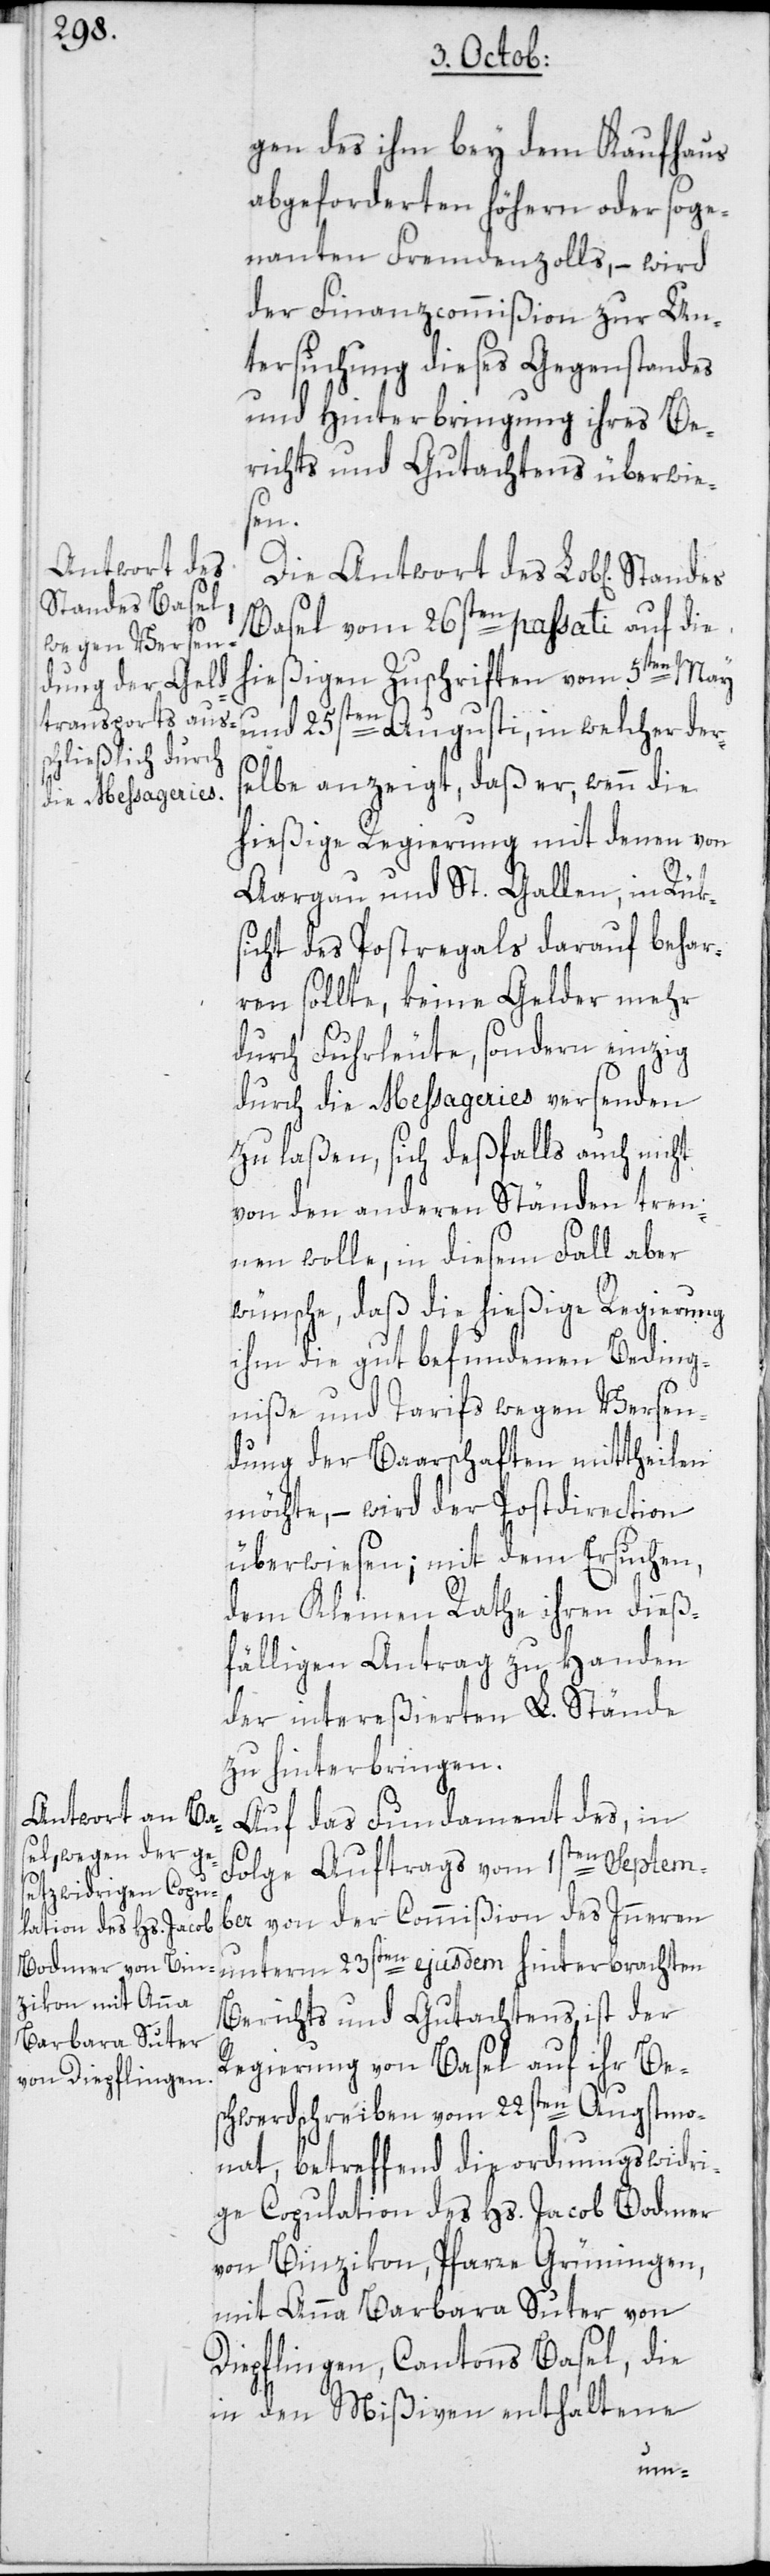
gen des ihm bey dem Kaufhaus
abgeforderten höhern oder soge¬
nanten Fremdenzolls, – wird
der Finanzcommißion zur Un¬
tersuchung dieses Gegenstandes
und Hinterbringung ihres Be¬
richts und Gutachtens überwie¬
sen.
Antwort des
Basel vom 26sten passati auf die
hießigen Zuschriften vom 5ten May
und 25sten Augusti, in welcher ders¬
elbe anzeigt, daß er, wenn die
hießige Regierung mit denen von
Aargau und St. Gallen, in Rüks¬
icht des Postregals darauf behar¬
ren sollte, keine Gelder mehr
durch Fuhrleute, sondern einzig
durch die Messageries versenden
zu laßen, sich deßfalls auch nicht
von den anderen Ständen tren¬
nen wolle, in diesem Fall aber
wünsche, daß die hießige Regierung
ihm die gut befundenen Beding¬
niße und Tarifs wegen Versen¬
dung der Baarschaften mittheilen
möchte, – wird der Postdirection
überwiesen; mit dem Ersuchen,
dem Kleinen Rathe ihren dieß¬
fälligen Antrag zu Handen
der intereßierten L. Stände
zu hinterbringen.
Auf das Fundament des, in
Folge Auftrags vom 1sten Septem¬
ber von der Commißion des Inneren
Berichts und Gutachtens, ist der
Regierung von Basel auf ihr Be¬
schwerdschreiben vom 22sten Augstmo¬
nat, betreffend die ordnungswidri¬
ge Copulation des Hs. Jacob Bodmer
von Binzikon, Pfarre Grüningen,
mit Anna Barbara Suter von
Diepflingen, Cantons Basel, die
in den Mißiven enthaltene